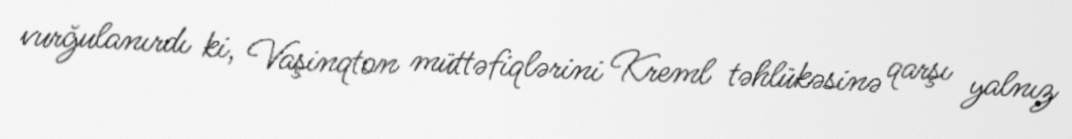
vurğulanırdı ki, Vaşinqton müttəfiqlərini Kreml təhlükəsinə qarşı yalnız